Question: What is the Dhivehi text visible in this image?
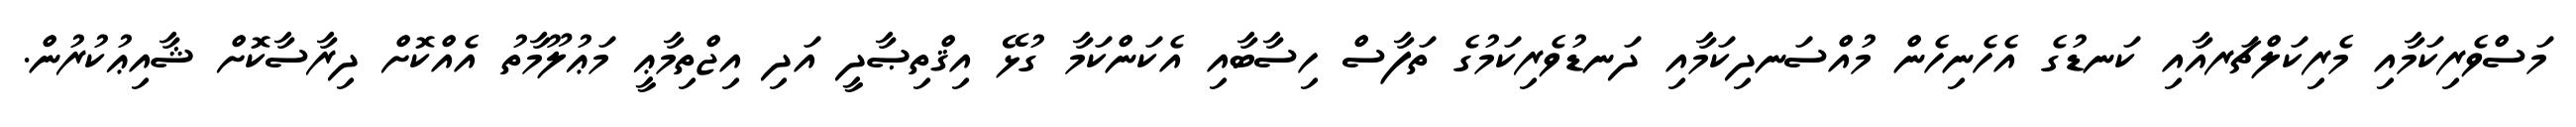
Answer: މަސްވެރިކަމާއި މެރިކަލްޗަރއާއި ކަނޑުގެ އެހެނިހެން މުއްސަނދިކަމާއި ދަނޑުވެރިކަމުގެ ތަފާސް ހިސާބާއި އެކަންކަމާ ގުޅޭ އިޤްތިޞާދީ އަދި އިޖްތިމާޢީ މަޢުލޫމާތު އެއްކޮށް ދިރާސާކޮށް ޝާއިޢުކުރުން.